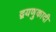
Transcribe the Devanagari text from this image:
द्वयणुकादी